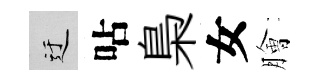
迂呫梟女膾